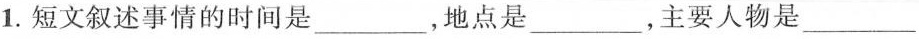
1.短文叙述事情的时间是___，地点是___，主要人物是___